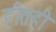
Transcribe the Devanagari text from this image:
हीतही